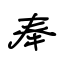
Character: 奉